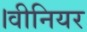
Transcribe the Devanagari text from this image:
।वीनियर